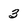
Character: 3